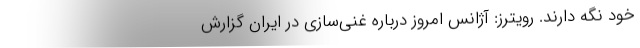
خود نگه دارند. رویترز: آژانس امروز درباره غنی‌سازی در ایران گزارش